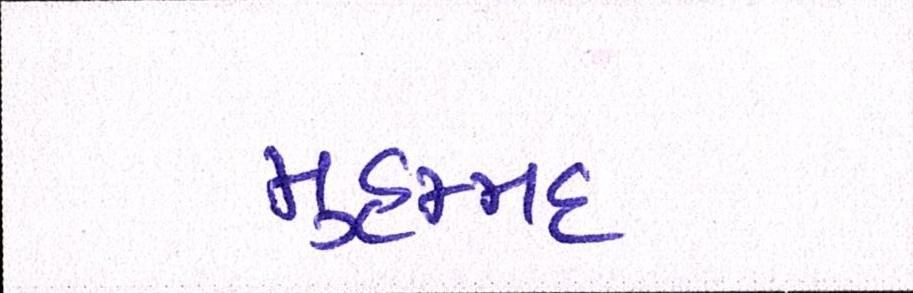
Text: મુહમ્મદ